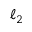
\ell _ { 2 }